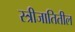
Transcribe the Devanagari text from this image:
स्त्रीजातितील